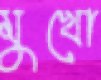
মুখো